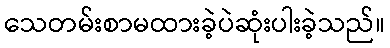
သေတမ်းစာမထားခဲ့ပဲဆုံးပါးခဲ့သည်။